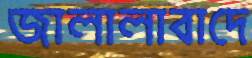
জালালাবাদে